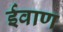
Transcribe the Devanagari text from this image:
ईवाण